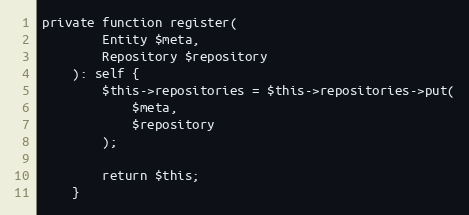
Language: PHP
private function register(
        Entity $meta,
        Repository $repository
    ): self {
        $this->repositories = $this->repositories->put(
            $meta,
            $repository
        );

        return $this;
    }